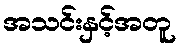
အသင်းနှင့်အတူ